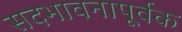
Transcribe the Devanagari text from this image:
सदभावनापूर्वक